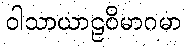
ဝါသာယာဠဝိမာဂမာ